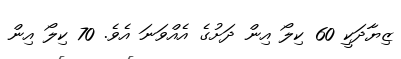
ޒިޔާދަކީ 60 ކިލޯ އިން ދަށުގެ އެއްވަނަ އެވެ. 70 ކިލޯ އިން